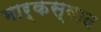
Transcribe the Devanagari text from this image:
मार्कस्वाद